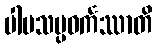
ပါပသမ္ပဝင်္ကဿာတိ